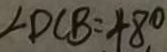
\angle D C B = 4 8 . ^ { \circ }